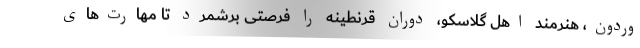
وردون، هنرمند اهل گلاسکو، دوران قرنطینه را فرصتی برشمرد تا مهارت‌های